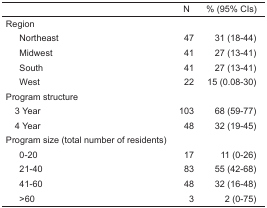
<table><thead><tr><td></td><td><b>N</b></td><td><b>% (95% CIs)</b></td></tr></thead><tbody><tr><td colspan="3">Region</td></tr><tr><td> Northeast</td><td>47</td><td>31 (18–44)</td></tr><tr><td> Midwest</td><td>41</td><td>27 (13–41)</td></tr><tr><td> South</td><td>41</td><td>27 (13–41)</td></tr><tr><td> West</td><td>22</td><td>15 (0.08–30)</td></tr><tr><td colspan="3">Program structure</td></tr><tr><td> 3 Year</td><td>103</td><td>68 (59–77)</td></tr><tr><td> 4 Year</td><td>48</td><td>32 (19–45)</td></tr><tr><td colspan="3">Program size (total number of residents)</td></tr><tr><td> 0–20</td><td>17</td><td>11 (0–26)</td></tr><tr><td> 21–40</td><td>83</td><td>55 (42–68)</td></tr><tr><td> 41–60</td><td>48</td><td>32 (16–48)</td></tr><tr><td> &gt;60</td><td>3</td><td>2 (0–75)</td></tr></tbody></table>